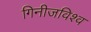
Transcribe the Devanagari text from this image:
गिनीजविश्व